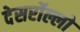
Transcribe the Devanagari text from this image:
देसर्रोल्लो